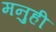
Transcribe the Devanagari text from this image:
मनुही